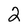
Character: 2